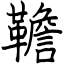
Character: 韂